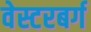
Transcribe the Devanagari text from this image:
वेस्टरबर्ग